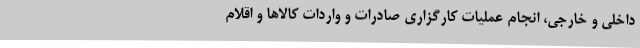
داخلی و خارجی، انجام عملیات کارگزاری صادرات و واردات کالاها و اقلام